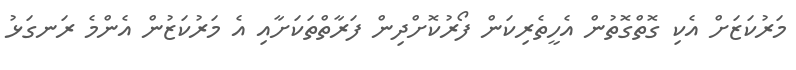
މަރުކަޒަށް އެކި ގޮތްގޮތުން އެހީތެރިކަން ފޯރުކޮށްދިން ފަރާތްތަކަށާއި އެ މަރުކަޒުން އެންމެ ރަނގަޅު